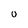
Character: 0